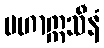
မဟာဣသီနံ